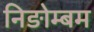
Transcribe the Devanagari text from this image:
निङोम्बम